Annual administration report of the Civil Veterinary Department of India - 1897-1898
Year: 1897
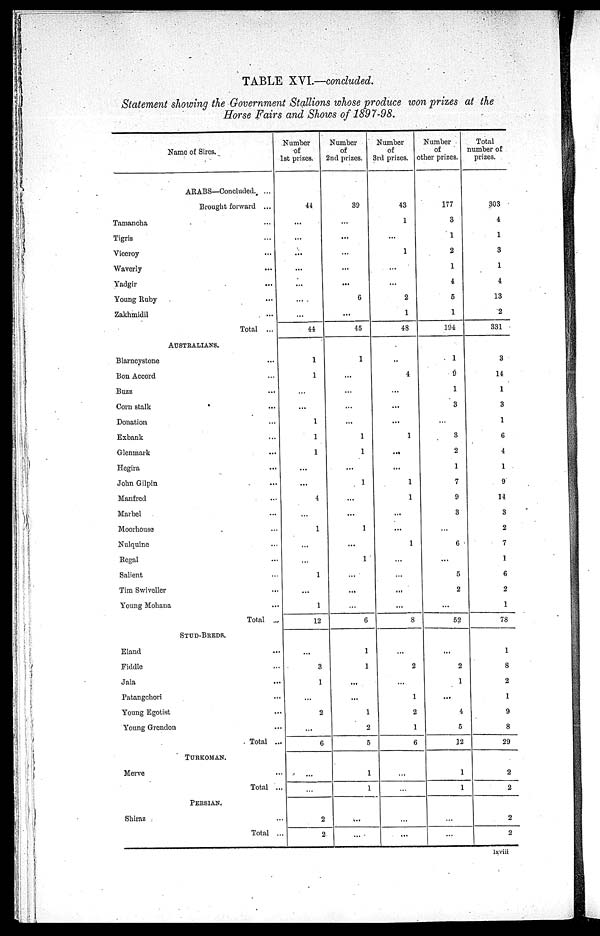
TABLE XVI.—concluded.
Statement showing the Government Stallions whose produce won prizes at the
Horse Fairs and Shows of 1897—98.
Name of Sires.
ARABS—Concluded. ...
Brought forward ...
Tamancha ...
Tigris ...
Viceroy ...
Waverly ...
Yadgir ...
Young Ruby ...
Zakhmidil ...
Total ...
AUSTRALIANS.
Blarncystone ...
Bon Accord ...
Buzz ...
Corn stalk ...
Donation ...
Exbank ...
Glenmark ...
Hegira ...
John Gilpin ...
Manfred ...
Marbel ...
Moorhouse ...
Nulquine ...
Regal ...
Salient ...
Tim Swiveller ...
Young Mohana ...
Total ...
STUD—BREDS.
Eland ...
Fiddle ...
Jala ...
Patangchori ...
Young Egotist ...
Young Grendon ...
Total ...
TURKOMAN.
Merve ...
Total ...
PERSIAN.
Shiraz ...
Total ...
Number
of
1st prizes.
44
...
...
...
...
...
...
...
44
1
1
...
...
1
1
1
...
...
4
1
...
...
1
...
1
12
...
3
1
...
2
...
6
...
...
2
2
Number
of
2nd prizes.
39
...
...
...
...
...
6
...
45
1
...
...
...
...
1
1
...
1
...
...
1
...
1
...
...
...
6
1
1
...
...
1
2
5
1
1
...
...
Number
of
3rd prizes.
43
1
...
1
...
...
2
1
48
..
4
...
...
...
1
...
...
1
1
...
...
1
...
...
...
...
8
...
2
...
1
2
1
6
...
...
...
Number
of
other prizes.
177
3
1
2
1
4
5
1
194
1
9
1
3
...
3
2
1
7
9
3
...
6
...
5
2
...
52
...
2
1
...
4
5
12
1
1
...
...
Total
number of
prizes.
303
4
1
3
1
4
13
2
331
3
14
1
3
1
6
4
1
9
14
3
2
7
1
6
2
1
78
1
8
2
1
9
8
29
2
2
2
2
lxviii